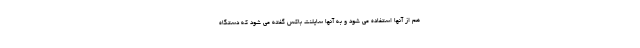
هم از آنها استفاده می شود و به آنها سایلنت باکس گفته می شود که دستگاه